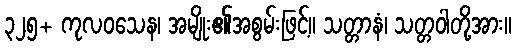
၃၂၅+ ကုလဝသေန၊ အမျိုး၏အစွမ်းဖြင့်။ သတ္တာနံ၊ သတ္တဝါတို့အား။